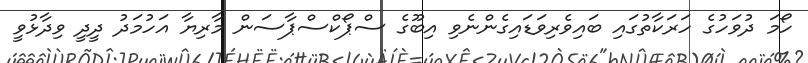
ހޯމަ ދުވަހުގެ ހަރަކާތުގައި ބައިވެރިވަޑައިގެންނެވި އިބޫގެ ސްޕޯކްސްޕާސަން މާރިޔާ އަހުމަދު ދީދީ ވިދާޅުވީ